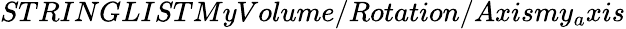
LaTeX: STRINGLISTMyVolume/Rotation/Axismy_{a}xis